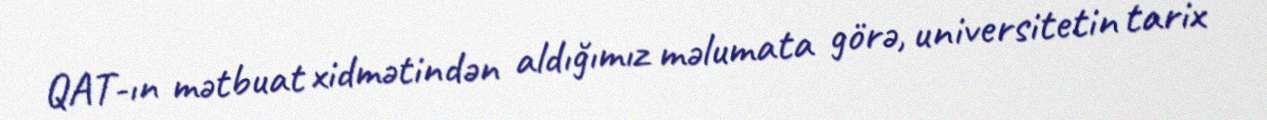
QAT-ın mətbuat xidmətindən aldığımız məlumata görə, universitetin tarix